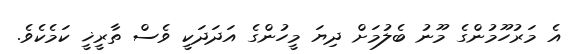
އެ މަރުހޫމުންގެ މޫނު ބެލުމަށް ދިޔަ މީހުންގެ އަދަދަކީ ވެސް ތާރީޚީ ކަމެކެވެ.